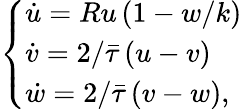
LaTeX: \left\{ \begin{array}{ll}{\dot{u}=Ru\, (1-w/k)}\\ {\dot{v}=2/\bar{\tau}\, (u-v)}\\ {\dot{w}=2/\bar{\tau}\, (v-w),}\end{array}\right.